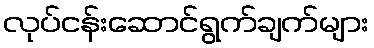
လုပ်ငန်းဆောင်ရွက်ချက်များ